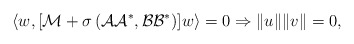
\begin{align*}\langle w, [\mathcal{M}+\sigma\,(\mathcal{A}\mathcal{A}^*, \mathcal{B}\mathcal{B}^* )]w\rangle = 0 \Rightarrow \|u\|\|v\| = 0,\end{align*}